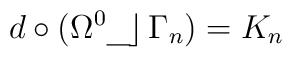
d\circ(\Omega^{0}\rule[-0.9mm]{3mm}{.4pt}\!\!\left.\right\rfloor\Gamma_{n})=K_{n}